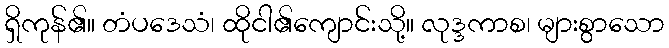
ရှိကုန်၏။ တံပဒေသံ၊ ထိုငါ၏ကျောင်းသို့။ လုဒ္ဒကာစ၊ များစွာသော